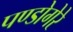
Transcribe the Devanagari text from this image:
पण्डोगेरे